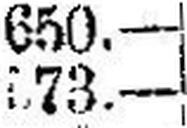
573.—